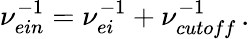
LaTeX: \nu_{ein}^{-1}=\nu_{ei}^{-1}+\nu_{cutoff}^{-1}\, .